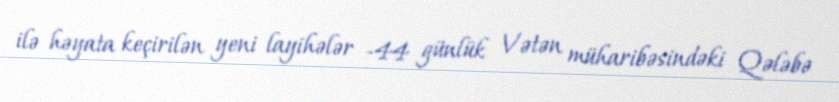
ilə həyata keçirilən yeni layihələr -44 günlük Vətən müharibəsindəki Qələbə